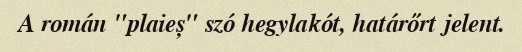
A román "plaieș" szó hegylakót, határőrt jelent.